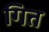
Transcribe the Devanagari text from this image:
गित